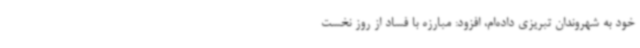
خود به شهروندان تبریزی داده‌ام، افزود: مبارزه با فساد از روز نخست